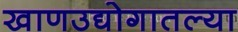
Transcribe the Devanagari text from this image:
खाणउद्योगातल्या